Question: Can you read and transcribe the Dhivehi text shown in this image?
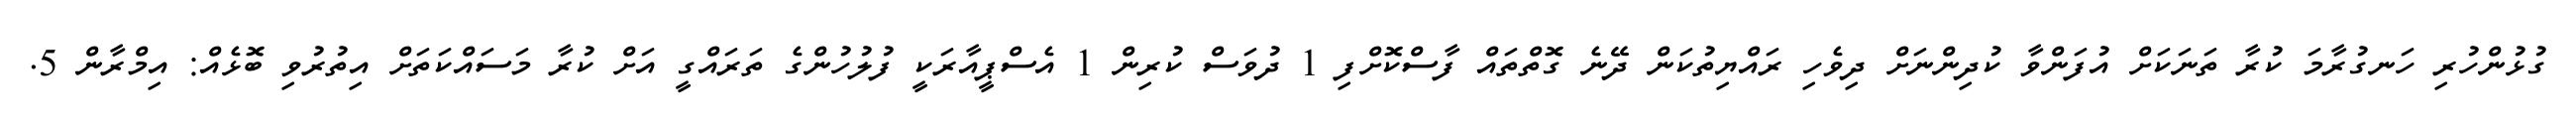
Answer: ގުޅުންހުރި ހަނގުރާމަ ކުރާ ތަނަކަށް އުފަންވާ ކުދިންނަށް ދިވެހި ރައްޔިތުކަން ދޭނެ ގޮތްތައް ފާސްކޮށްފި 1 ދުވަސް ކުރިން 1 އެސްޕީއާރަކީ ފުލުހުންގެ ތަރައްގީ އަށް ކުރާ މަސައްކަތަށް އިތުރުވި ބޮޅެއް: އިމްރާން 5.